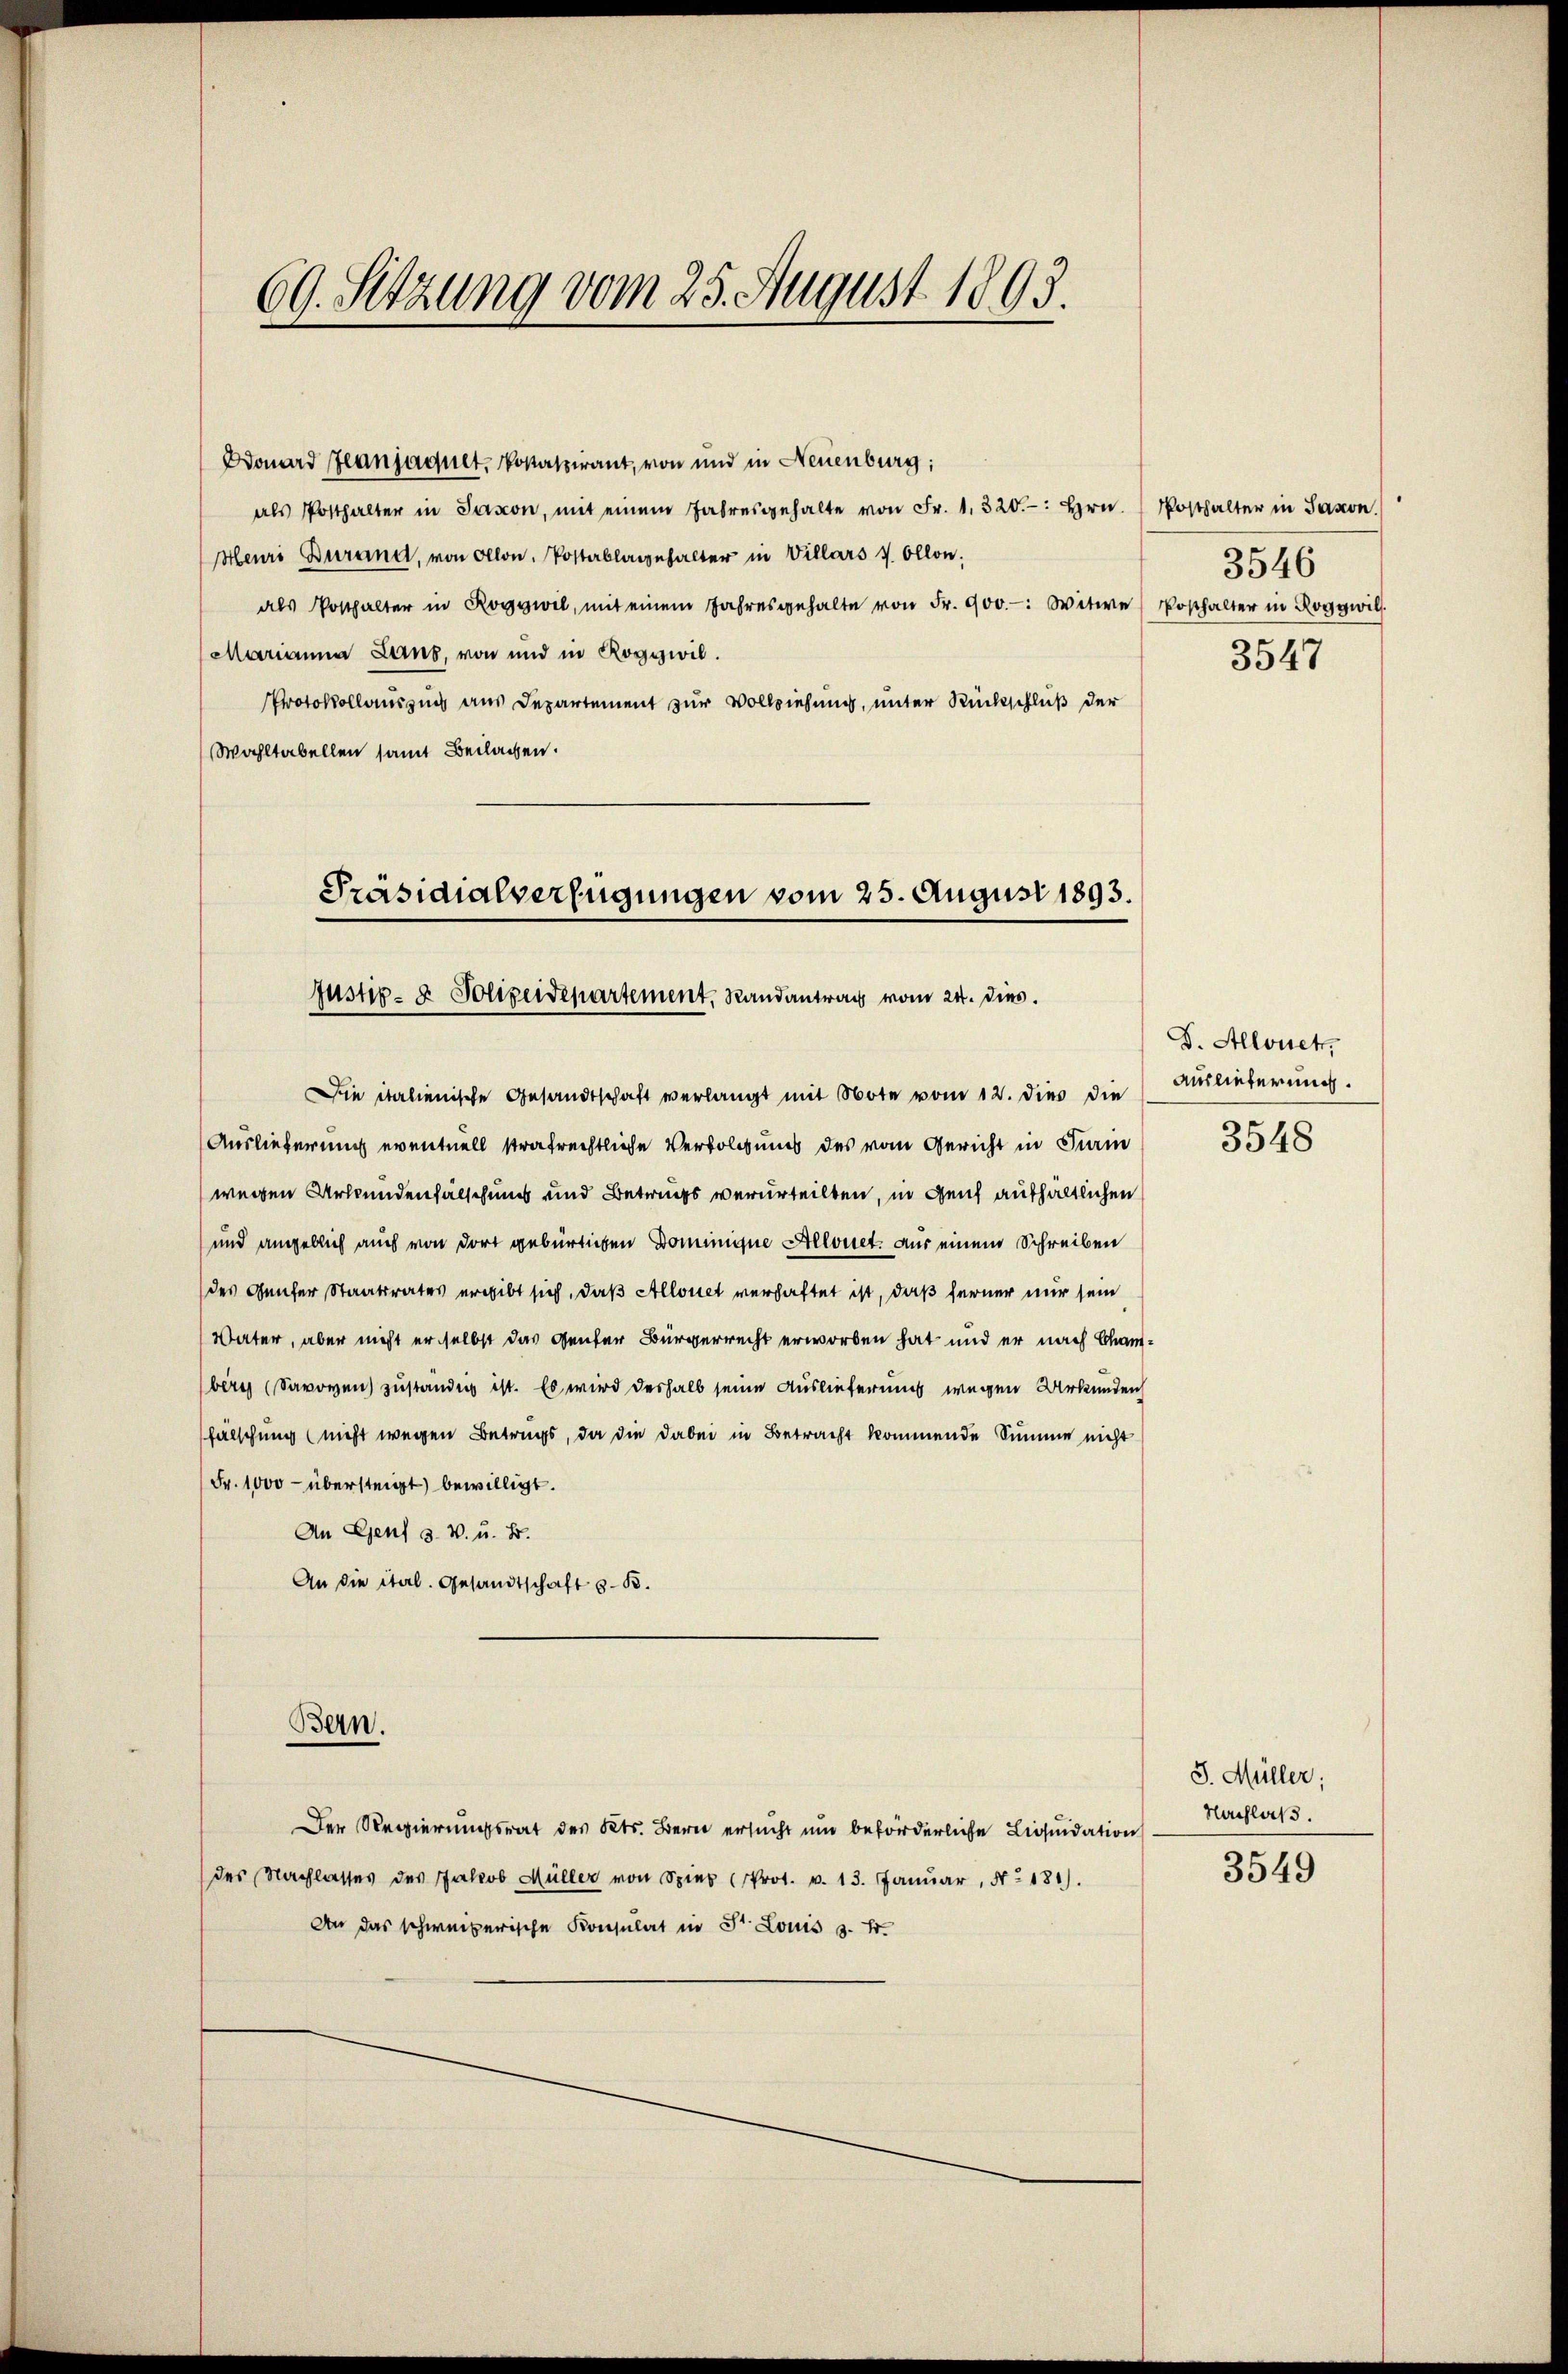
Douard Jeanjaquet, Vokaspirant, von und in Neuenburg;
als Posthalter in Saxon, mit einem Jahresgehalte von Fr. 1. 320.-: hrn. Posthalter in Saxon.
Henri Durand, von Allon, Postablagehalter in Villars v. Ollon.
als Posthalter in Roggwil, mit einem Jahresgehalte von Fr. 900.- Witwe Posthalter in Roggwil
Marianna Lanz, von und in Roggwil.
Protokollauszug aus Departement zur Vollziehung, unter Rückschluß der
Wahltabellen samt Beilagen.

69. Sitzung vom 25. August 1893.

Präsidialverfügungen vom 25. August 1893.
Justiz- & Polizeidepartement, Randantrag vom 24. dies.

Die italienische Gesandtschaft verlangt mit Note vom 12. dies die
Auslieferung eventuell strafrechtliche Verfolgung des vom Gericht in Turin
wegen Urkundenfälschung und Betrugs verurteilten, in Genf aufhältlichen
und angeblich auch von dort gebürtigen Dominige Allonet. aus einem Schreiben
des Genfer Staatsrates ergibt sich, daß Allonet verhaftet ist, daß ferner nur sein
Vater, aber nicht erselbst das Genter Bürgerrecht erworben hat und er nach Cham
berg (Savoyen zuständig ist. Es wird deshalb seine Auslieferung wegen Urkunden
fälschung (nicht wegen Betrugs, da die dabei in Betracht kommende Summe nicht
Fr. 1000 - übersteigt bewilligt.
An Genf d. V. u. B.
An die ital. Gesandtschaft s. B.
Ben.
Der Regierungsrat des Kts. Bern ersucht um beförderliche Liquidation Nachlaß
des Nachlasses des Jakob Müller von Spier (Prot. v. 13. Janŭar 5. 181).
An das schweizerische Konsulat in Fr. Louis 3. Fr.

3546
3547

S. Allonet,
Auslieferung.

3548

J. Müller;

3549